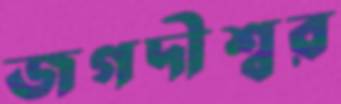
জগদীশ্বর